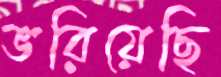
ভরিয়েছি